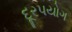
દૂરપયોગ